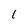
Character: 1